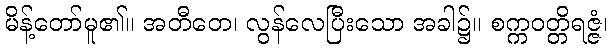
မိန့်တော်မူ၏။ အတီတေ၊ လွန်လေပြီးသော အခါ၌။ စက္ကဝတ္တိရဇ္ဇံ၊